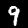
Label: 9